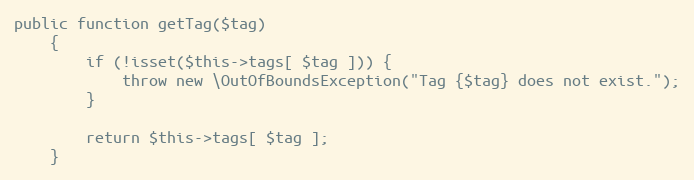
Language: PHP
public function getTag($tag)
    {
        if (!isset($this->tags[ $tag ])) {
            throw new \OutOfBoundsException("Tag {$tag} does not exist.");
        }

        return $this->tags[ $tag ];
    }